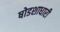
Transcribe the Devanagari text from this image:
षोडशाधारी